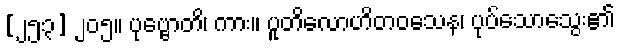
[၂၅၃] ၂၀၅။ ပုဗ္ဗောတိ၊ ကား။ ပူတိလောဟိတဝသေန၊ ပုပ်သောသွေး၏